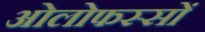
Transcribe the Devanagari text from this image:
ओलोफस्सों